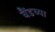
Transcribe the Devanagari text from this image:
बैंडच्या